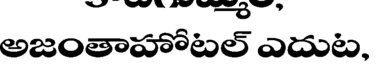
అజంతాహోటల్ ఎదుట.